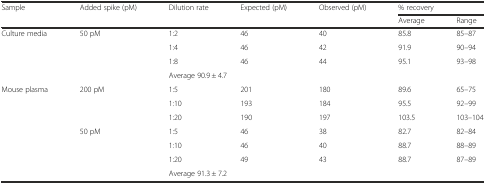
| <ROWSPAN=2> Sample | <ROWSPAN=2> Added spike (pM) | <ROWSPAN=2> Dilution rate | <ROWSPAN=2> Expected (pM) | <ROWSPAN=2> Observed (pM) | <COLSPAN=2> % recovery |
 | Average | Range |
 | --- | --- | --- | --- | --- | --- | --- |
 | <ROWSPAN=4> Culture media | <ROWSPAN=4> 50 pM | 1:2 | 46 | 40 | 85.8 | 85–87 |
 | 1:4 | 46 | 42 | 91.9 | 90–94 |
 | 1:8 | 46 | 44 | 95.1 | 93–98 |
 | <COLSPAN=5> Average 90.9 ± 4.7 |
 | <ROWSPAN=7> Mouse plasma | <ROWSPAN=3> 200 pM | 1:5 | 201 | 180 | 89.6 | 65–75 |
 | 1:10 | 193 | 184 | 95.5 | 92–99 |
 | 1:20 | 190 | 197 | 103.5 | 103–104 |
 | <ROWSPAN=4> 50 pM | 1:5 | 46 | 38 | 82.7 | 82–84 |
 | 1:10 | 46 | 40 | 88.7 | 88–89 |
 | 1:20 | 49 | 43 | 88.7 | 87–89 |
 | <COLSPAN=5> Average 91.3 ± 7.2 |